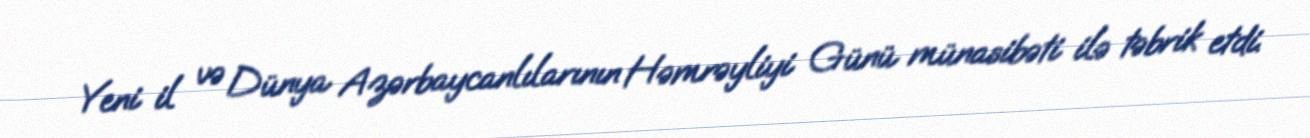
Yeni il və Dünya Azərbaycanlılarının Həmrəyliyi Günü münasibəti ilə təbrik etdi.